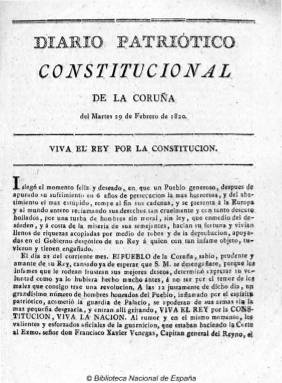
Título: Diario patriótico constitucional de La Coruña (Reimp. en Madrid)
Colección: Periódicos anteriores a 1850
Ámbito geográfico: Madrid
Lugar de publicación: Madrid
Fechas: 29/02/1820-22/05/1820

Fundado por la Junta Suprema del Gobierno de Galicia, comenzó a publicarse ocho días después de que La Coruña secundara el pronunciamiento de Riego, el 29 de febrero de 1820, y debió seguir publicándose hasta 1823. De carácter constitucionalista y liberal, bajo su cabecera estampa el lema “Viva el Rey por la Constitución”, y su redactor e impresor es Sebastián Iguereta. Publica noticias sobre los acontecimientos militares y políticos del periodo y de carácter particular, así como artículos de oficio, partes oficiales y bandos de la junta suprema gallega.